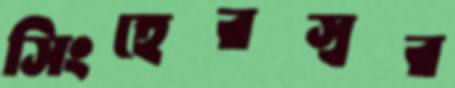
সিংহেরস্বর